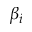
\beta _ { i }